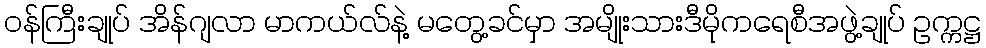
၀န်ကြီးချုပ် အိန်ဂျလာ မာကယ်လ်နဲ့ မတွေ့ခင်မှာ အမျိုးသားဒီမိုကရေစီအဖွဲ့ချုပ် ဥက္ကဋ္ဌ